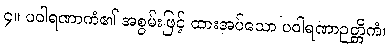
၄။ ပဝါရဏာကံ၏ အစွမ်းဖြင့် ထားအပ်သော ပဝါရဏာဉတ္တိကံ၊